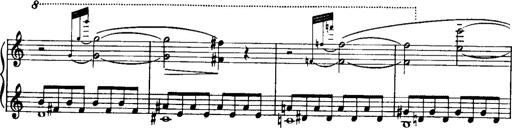
Title: Historische ungarische Bildnisse
Composer: Franz Liszt